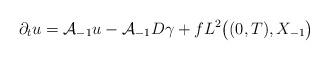
LaTeX: \begin{align*} \partial_{t} u = \mathcal{A}_{-1} u - \mathcal{A}_{-1} D \gamma + f L^{2}\big((0, T), X_{-1}\big) \end{align*}